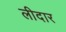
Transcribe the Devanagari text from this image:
लीदार